Annual report of the Punjab Veterinary College and of the Civil Veterinary Department, Punjab - 1920-1925
Year: 1920
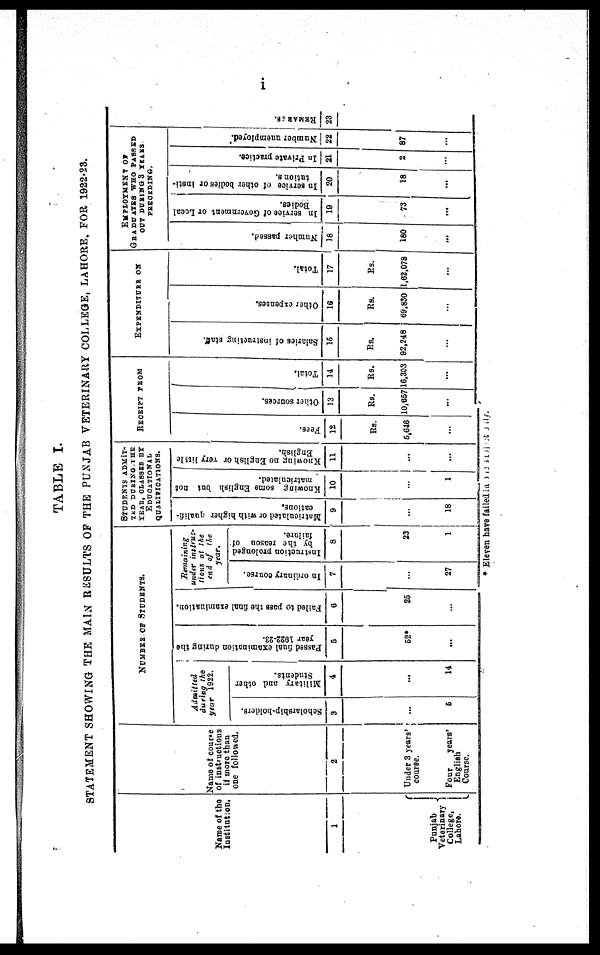
i
TABLE I.
STATEMENT SHOWI NG T H E MAI N RESULTS OF T H E PUNJ AB VETERI NARY COLLEGE, LAHORE, F O R 1922- 23.
Na me of t he
Inst i t ut i on.
1
Punj ab
Vet er i nai y{
Col l ege,
Lahor e.
Na me of cour se
of i nst r uct i ons
i f mor e t han
o n e f ol l owed.
2
Under 3 years'
cour se.
Four years'
Engl i sh
Cour se.
NUMBE R OF STUDENTS.
Admitted
during t he
year 1 9 2 2 .
Schol arshi p-hol ders.
3
...
5
Military and ot her
St udent s.
4
...
14
Passed final examination during t he
year 1922- 23.
5
52*
...
Fai l ed t o pass t he final examination.
6
25
...
Remaining
under instrus-
tions at t he
end of t he
year.
In ordi nary course.
7
...
27
Instruction prol onged
by the reason of
failure.
8
23
1
STUDENTS ADMIT-
TED DURING THE
YEAR, CLASSES BY
EDUCATIONAL
QUALI FI CATI ONS.
Matriculated or with higher qualifi-
cat i ons.
9
...
18
Knowing some English hut not
matriculated.
10
...
1
Knowing no English or very little
Engl i sh.
11
...
...
RECEIPT FROM
Fees.
12
R s .
5, 646
...
Other sources.
13
R s .
10,657
...
Total.
14
R s .
16, 303
...
EXPEDITURE ON
Sal ari es of instructing staff.
15
Rs.
92, 248
...
Other expenses.
16
R s .
69, 830
...
Tot al .
17
Rs.
1, 62, 078
...
EMPLOYMENT OF
GRADUATES WHO PASSED
OUT DURING 3 YEARS
PRECEDING.
Number passed.
18
180
...
In service of Government or Local
Bodi es.
19
73
...
In servi ce of ot her bodi es or insti-
tutions.
20
18
...
In Pri vat e pract i ce.
21
2
...
Number unempl oyed.
22
87
...
REMARKS.
23
* El even have f ai l ed i n the subject only.